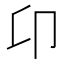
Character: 卬